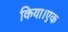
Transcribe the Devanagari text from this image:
किया।एक